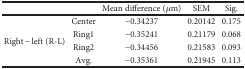
<table><thead><tr><td></td><td></td><td><b>Mean difference (<i>μ</i>m)</b></td><td><b>SEM</b></td><td><b>Sig.</b></td></tr></thead><tbody><tr><td rowspan="4">Right − left (R-L)</td><td>Center</td><td>−0.34237</td><td>0.20142</td><td>0.175</td></tr><tr><td>Ring1</td><td>−0.35241</td><td>0.21179</td><td>0.068</td></tr><tr><td>Ring2</td><td>−0.34456</td><td>0.21583</td><td>0.093</td></tr><tr><td>Avg.</td><td>−0.35361</td><td>0.21945</td><td>0.113</td></tr></tbody></table>